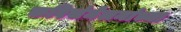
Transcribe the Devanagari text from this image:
कविसंमेलनांच्या